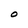
Character: O